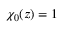
\chi _ { 0 } ( z ) = 1